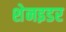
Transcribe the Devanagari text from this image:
शेनइडर